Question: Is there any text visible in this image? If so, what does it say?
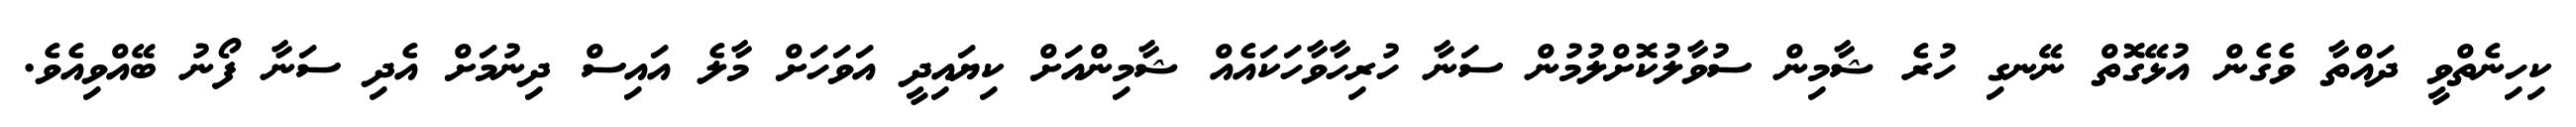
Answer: ކިހިނެތްވީ ދައްތާ ވެގެން އުޅޭގޮތް ނޭނގި ހުރެ ޝާމިން ސުވާލުކޮށްލުމުން ސަނާ ހުރިހާވާހަކައެއް ޝާމިންއަށް ކިޔައިދީ އަވަހަށް މާލެ އައިސް ދިނުމަށް އެދި ސަނާ ފޯނު ބޭއްވިއެވެ.